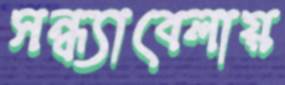
সন্ধ্যাবেলায়